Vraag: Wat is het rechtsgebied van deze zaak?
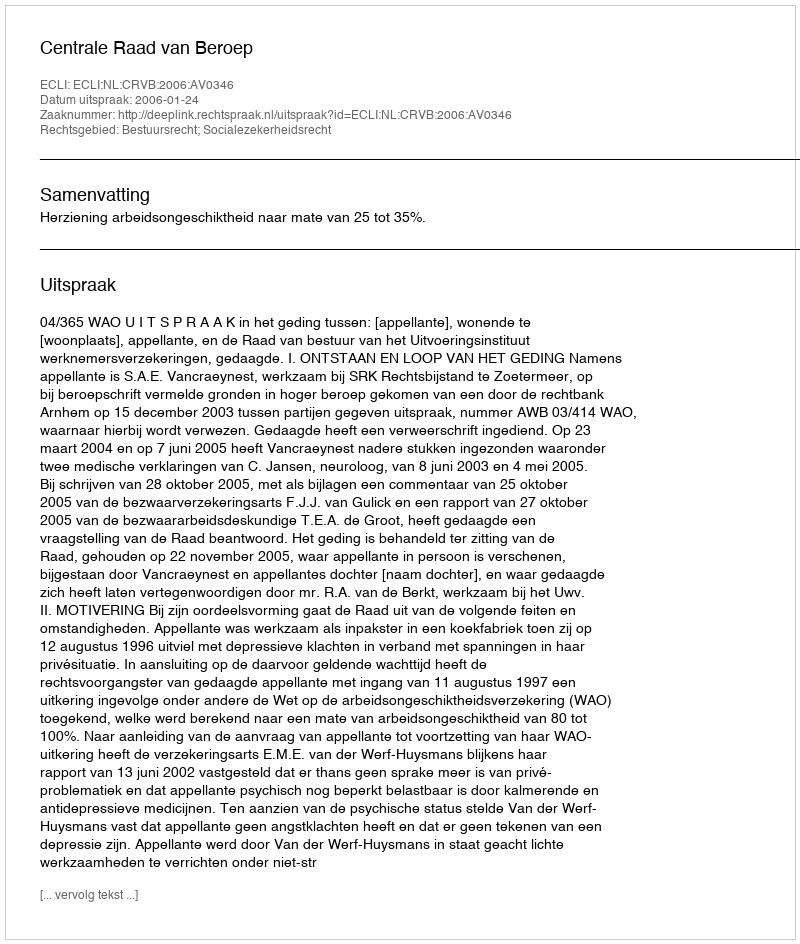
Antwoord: Bestuursrecht; Socialezekerheidsrecht